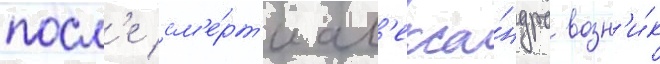
посл'е см'е́рт'и ал'екса́ндра возн'и́к